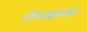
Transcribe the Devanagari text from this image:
रोधकावर